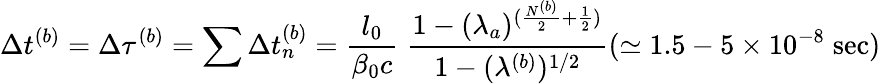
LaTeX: \Delta t^{(b)}=\Delta\tau^{(b)}=\sum\Delta t_{n}^{(b)}=\frac{l_{0}}{\beta_{0}c}\; \frac{1-(\lambda_{a})^{(\frac{N^{(b)}}{2}+\frac{1}{2})}}{1-(\lambda^{(b)})^{1/2}}(\simeq 1.5-5\times 10^{-8}\; \mathrm{sec})